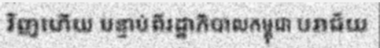
វិញហើយ បន្ទាប់ពីរដ្ឋាភិបាលកម្ពុជា បរាជ័យ